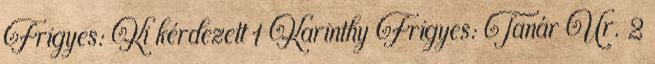
Frigyes: Ki kérdezett 1 Karinthy Frigyes: Tanár Úr. 2